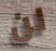
لن